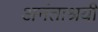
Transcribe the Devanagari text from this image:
अनंताश्रयी